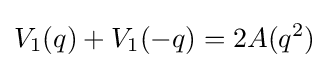
V_{1}(q)+V_{1}(-q)=2A(q^{2})